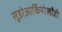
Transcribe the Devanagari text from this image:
सूडोआर्कियोलॉजी